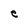
Character: e